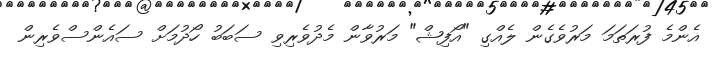
އެންމެ ފުރަތަމަ މަރުވެގެން ލެއްގި "އޯފިޝް" މަރުވާން މެދުވެރިވި ސަބަބު ހޯދުމަށް ސައެންސްވެރިން